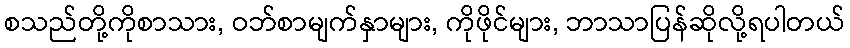
စသည်တို့ကိုစာသား, ဝဘ်စာမျက်နှာများ, ကိုဖိုင်များ, ဘာသာပြန်ဆိုလို့ရပါတယ်